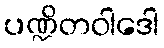
ပဏ္ဍိတဝါဒေါ